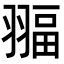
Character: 𦑞